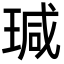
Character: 瑊